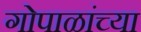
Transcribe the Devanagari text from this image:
गोपाळांच्या